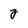
Character: 2